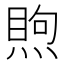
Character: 𥈈